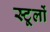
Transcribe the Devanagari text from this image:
स्टूलों